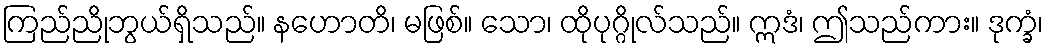
ကြည်ညိုဘွယ်ရှိသည်။ နဟောတိ၊ မဖြစ်။ သော၊ ထိုပုဂ္ဂိုလ်သည်။ ဣဒံ၊ ဤသည်ကား။ ဒုက္ခံ၊